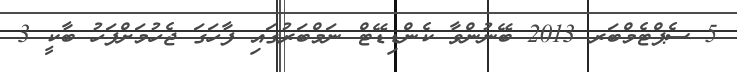
5 ސެޕްޓެމްބަރ 2013 ބޭނުންވާ ކެންޑިޑޭޓް ނަމްބަރުގައި ފާހަގަ ޖެހުމަށްފަހު ބާކީ 3